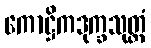
ကောဋ္ဌိကဒုက္ခသုတ္တံ